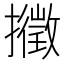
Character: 𢷸